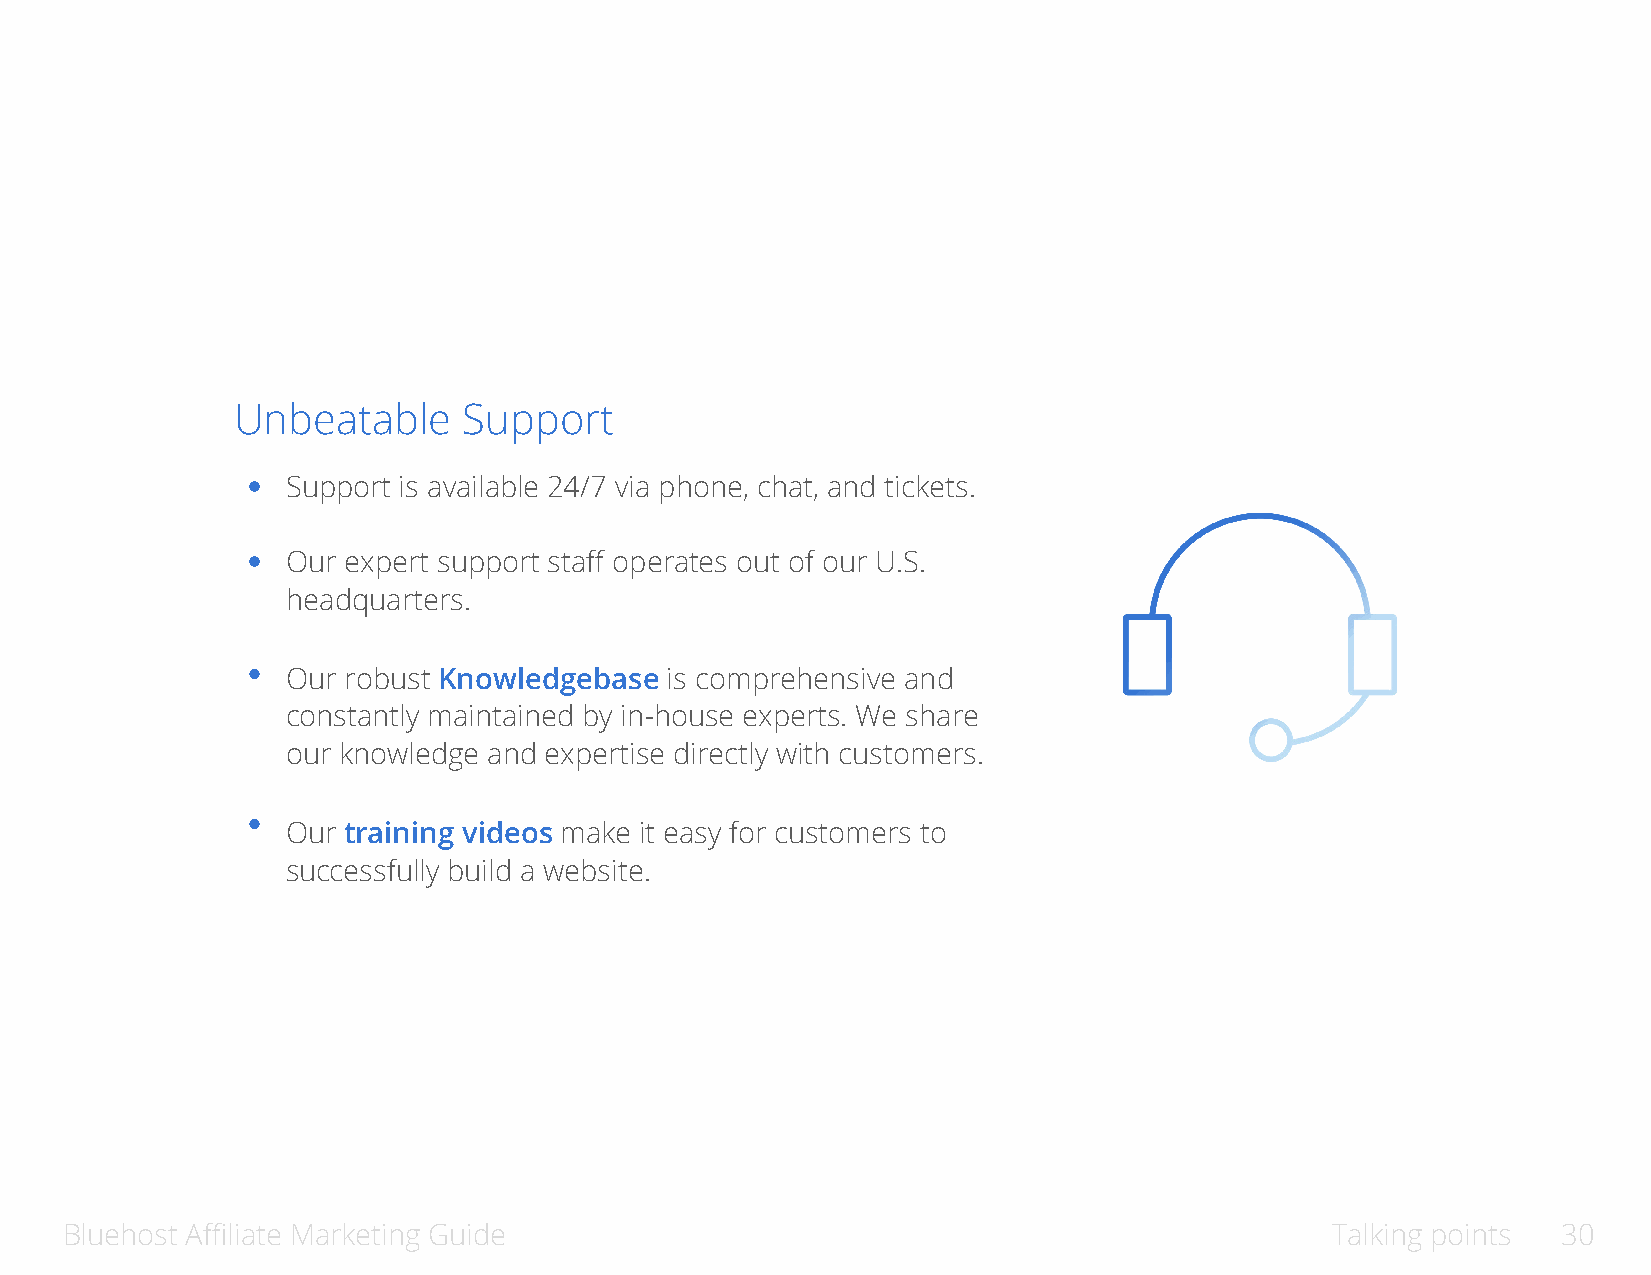
Unbeatable      Support
 Support is available 24/7 via phone, chat, and tickets.
 Our expert support staff operates out of our U.S.
 headquarters.
 Our robust Knowledgebase is comprehensive and
 constantly maintained by in-house experts. We share
 our knowledge and expertise directly with customers.
 Our training videos make it easy for customers to
 successfully build a website.
 Bluehost Affiliate Marketing Guide                                                  Talking points 30